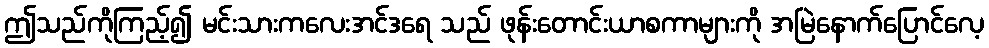
ဤသည်ကိုကြည့်၍ မင်းသားကလေးအင်ဒရေ သည် ဖုန်းတောင်းယာစကာများကို အမြဲနောက်ပြောင်လေ့